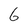
Character: 6